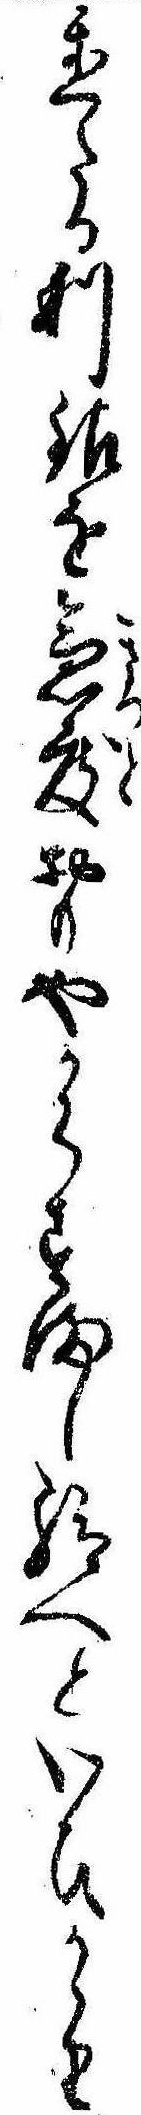
置たる利銀を急度おもやからすまし給へといひかゝり